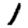
Digit: 1